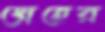
স্নেহের